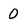
Character: 0